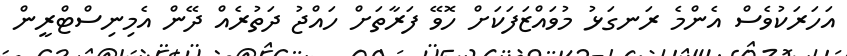
އަހަރަކުވެސް އެންމެ ރަނގަޅު މުވައްޒަފަކަށް ހޮވޭ ފަރާތަށް ހައްޖު ދަތުރެއް ދޭން އެމިނިސްޓްރީން